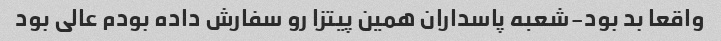
واقعا بد بود-شعبه پاسداران همین پیتزا رو سفارش داده بودم عالی بود